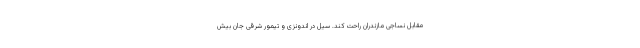
مقابل نساجی مازندران راحت کند. سیل در اندونزی و تیمور شرقی جان بیش